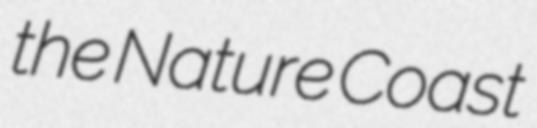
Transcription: the Nature Coast